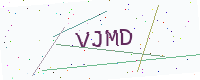
Text: VJMD